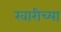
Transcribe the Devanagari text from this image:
खारीच्या